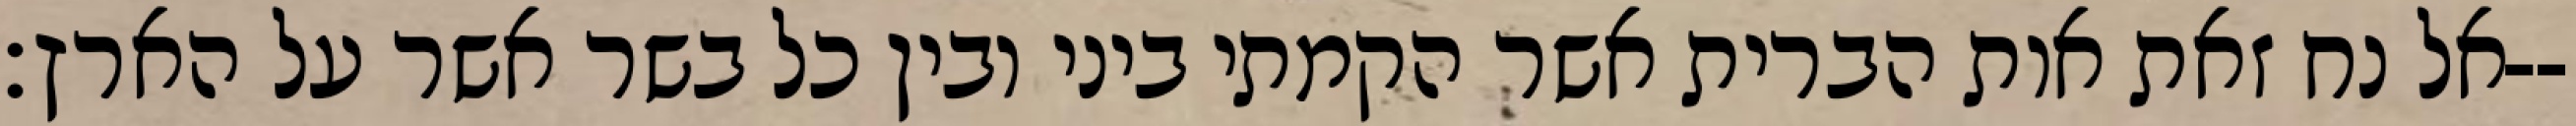
אל נח זאת אות הברית אשר הקמתי ביני ובין כל בשר אשר על הארץ׃--